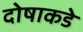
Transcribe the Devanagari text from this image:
दोषाकडे